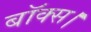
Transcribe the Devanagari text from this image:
बॉक्स।